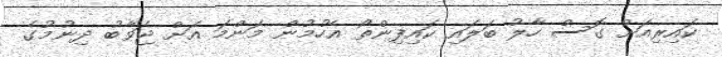
ކައިރިއަށް ގޮސް ހާލު ބަލައި ކައިފިންތޯ އެހުމުން މަންމަ އަށް ޖަވާބު ދިނުމުގެ